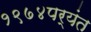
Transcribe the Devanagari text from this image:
१९७४पर्यंत